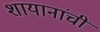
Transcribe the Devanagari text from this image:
शायानांची